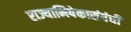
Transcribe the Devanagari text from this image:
राज्याभिषेकासंबंधी